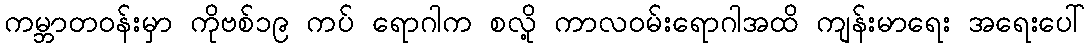
ကမ္ဘာတဝန်းမှာ ကိုဗစ်၁၉ ကပ် ရောဂါက စလို့ ကာလဝမ်းရောဂါအထိ ကျန်းမာရေး အရေးပေါ်